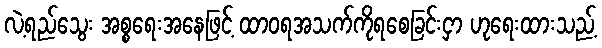
လဲ့ရည်သွေး အစ္စရေးအနေဖြင့် ထာဝရအသက်ကိုရစေခြင်းငှာ ဟုရေးထားသည့်